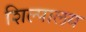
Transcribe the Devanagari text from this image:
शिल्पालय